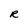
Character: R